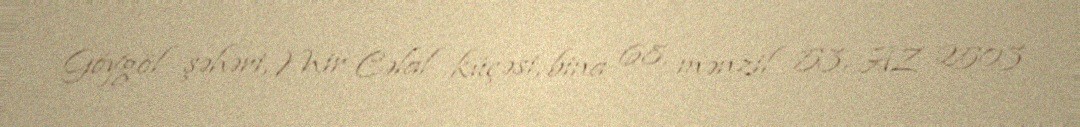
Göygöl şəhəri, Mir Cəlal küçəsi, bina 68, mənzil 53, AZ 2503